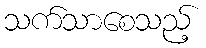
သက်သာစေသည့်